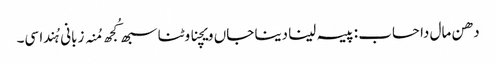
دھن مال دا حساب : پیسہ لینا دینا جاں ویچنا وٹنا سبھ کُجھ مُنہ زبانی ہُندا سی۔